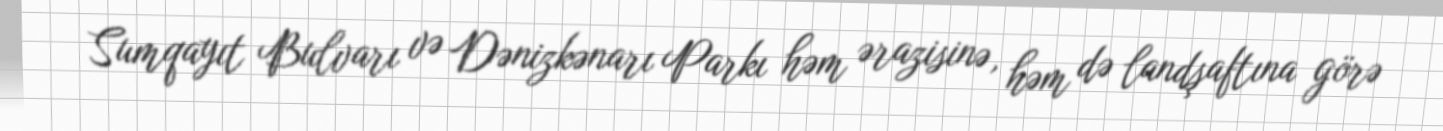
Sumqayıt Bulvarı və Dənizkənarı Parkı həm ərazisinə, həm də landşaftına görə